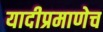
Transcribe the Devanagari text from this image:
यादीप्रमाणेच